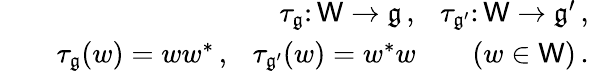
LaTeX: \begin{array}{rlr}&{}&{\tau_{\mathfrak g}\colon\mathsf{W}\to\mathfrak g\, ,\ \ \ \tau_{\mathfrak g^{\prime}}\colon\mathsf{W}\to\mathfrak g^{\prime}\, ,}\\ &{}&{\tau_{\mathfrak g}(w)=ww^{*}\, ,\ \ \ \tau_{\mathfrak g^{\prime}}(w)=w^{*}w\qquad(w\in\mathsf{W})\, .}\end{array}